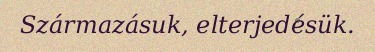
Származásuk, elterjedésük.